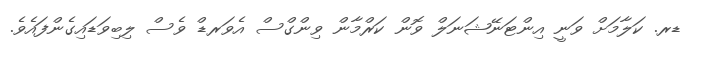
ޑރ. ކަލާމަށް ވަނީ އިންޓަނޭޝަނަލް ވޮން ކަރްމާން ވިންގްސް އެވަރޑް ވެސް ލިބިވަޑައިގެންފައެވެ.